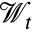
\mathcal { W } _ { t }